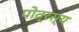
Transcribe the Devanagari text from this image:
पोत्रस्य